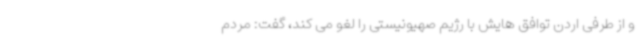
و از طرفی اردن توافق هایش با رژیم صهیونیستی را لغو می کند، گفت: مردم